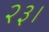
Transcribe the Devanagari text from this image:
२३।